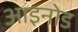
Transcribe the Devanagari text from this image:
आइनोड